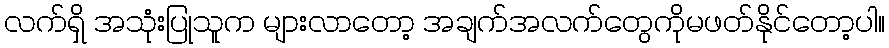
လက်ရှိ အသုံးပြုသူက များလာတော့ အချက်အလက်တွေကိုမဖတ်နိုင်တော့ပါ။